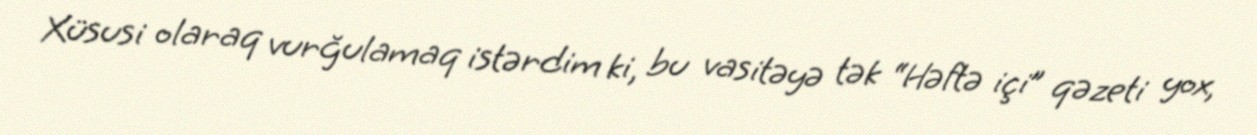
Xüsusi olaraq vurğulamaq istərdim ki, bu vasitəyə tək “Həftə içi” qəzeti yox,